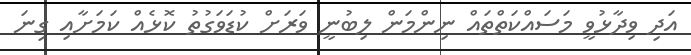
އަދި ވިދާޅުވީ މަސައްކަތްތައް ނިންމަން ލިބުނީ ވަރަށް ކުޑަވަގުތު ކޮޅެއް ކަމަށާއި ގިނަ